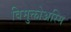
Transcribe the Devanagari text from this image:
विमुक्तोअस्मि